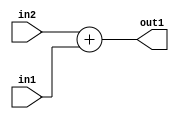
`timescale 1ps / 1ps
/*****************************************************************************
    Verilog RTL Description
    
    
    Created by: Stratus DpOpt 21.05.01 
*******************************************************************************/

module Filter_Add_9Ux8U_10U_4 (
	in2,
	in1,
	out1
	); /* architecture "behavioural" */ 
input [8:0] in2;
input [7:0] in1;
output [9:0] out1;
wire [9:0] asc001;

assign asc001 = 
	+(in2)
	+(in1);

assign out1 = asc001;
endmodule

/* CADENCE  ubD2SgA= : u9/ySxbfrwZIxEzHVQQV8Q== ** DO NOT EDIT THIS LINE ******/